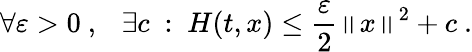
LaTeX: \forall\varepsilon>0\ ,\ \ \ \exists c\ :\ H(t,x)\le\frac{\varepsilon}{2}\left\| x\right\| ^{2}+c\ .